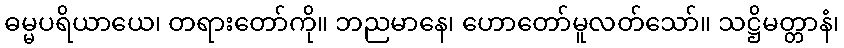
ဓမ္မပရိယာယေ၊ တရားတော်ကို။ ဘညမာနေ၊ ဟောတော်မူလတ်သော်။ သဋ္ဌိမတ္တာနံ၊